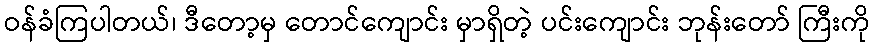
ဝန်ခံကြပါတယ်၊ ဒီတော့မှ တောင်ကျောင်း မှာရှိတဲ့ ပင်းကျောင်း ဘုန်းတော် ကြီးကို